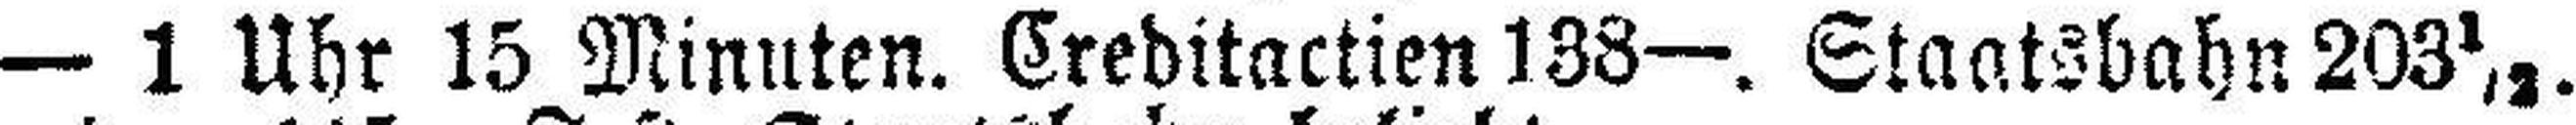
— 1 Uhr 15 Minuten. Creditactien 138—. Staatsbahn 203½.